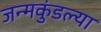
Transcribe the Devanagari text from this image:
जन्मकुंडल्या